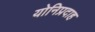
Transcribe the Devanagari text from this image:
योनिप्रदाह